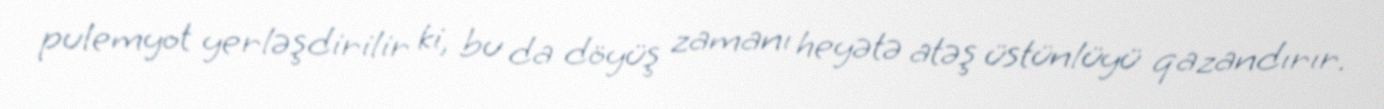
pulemyot yerləşdirilir ki, bu da döyüş zamanı heyətə atəş üstünlüyü qazandırır.